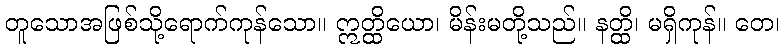
တူသောအဖြစ်သို့ရောက်ကုန်သော။ ဣတ္ထိယော၊ မိန်းမတို့သည်။ နတ္ထိ၊ မရှိကုန်။ တေ၊